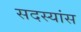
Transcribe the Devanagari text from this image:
सदस्यांस